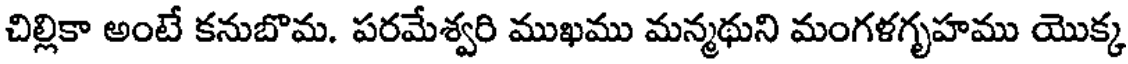
చిల్లికా అంటే కనుబొమ. పరమేశ్వరి ముఖము మన్మథుని మంగళగృహము యొక్క